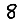
Digit: 8